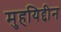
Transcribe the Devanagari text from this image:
मुहयिद्दीन